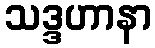
သဒ္ဒဟာနာ